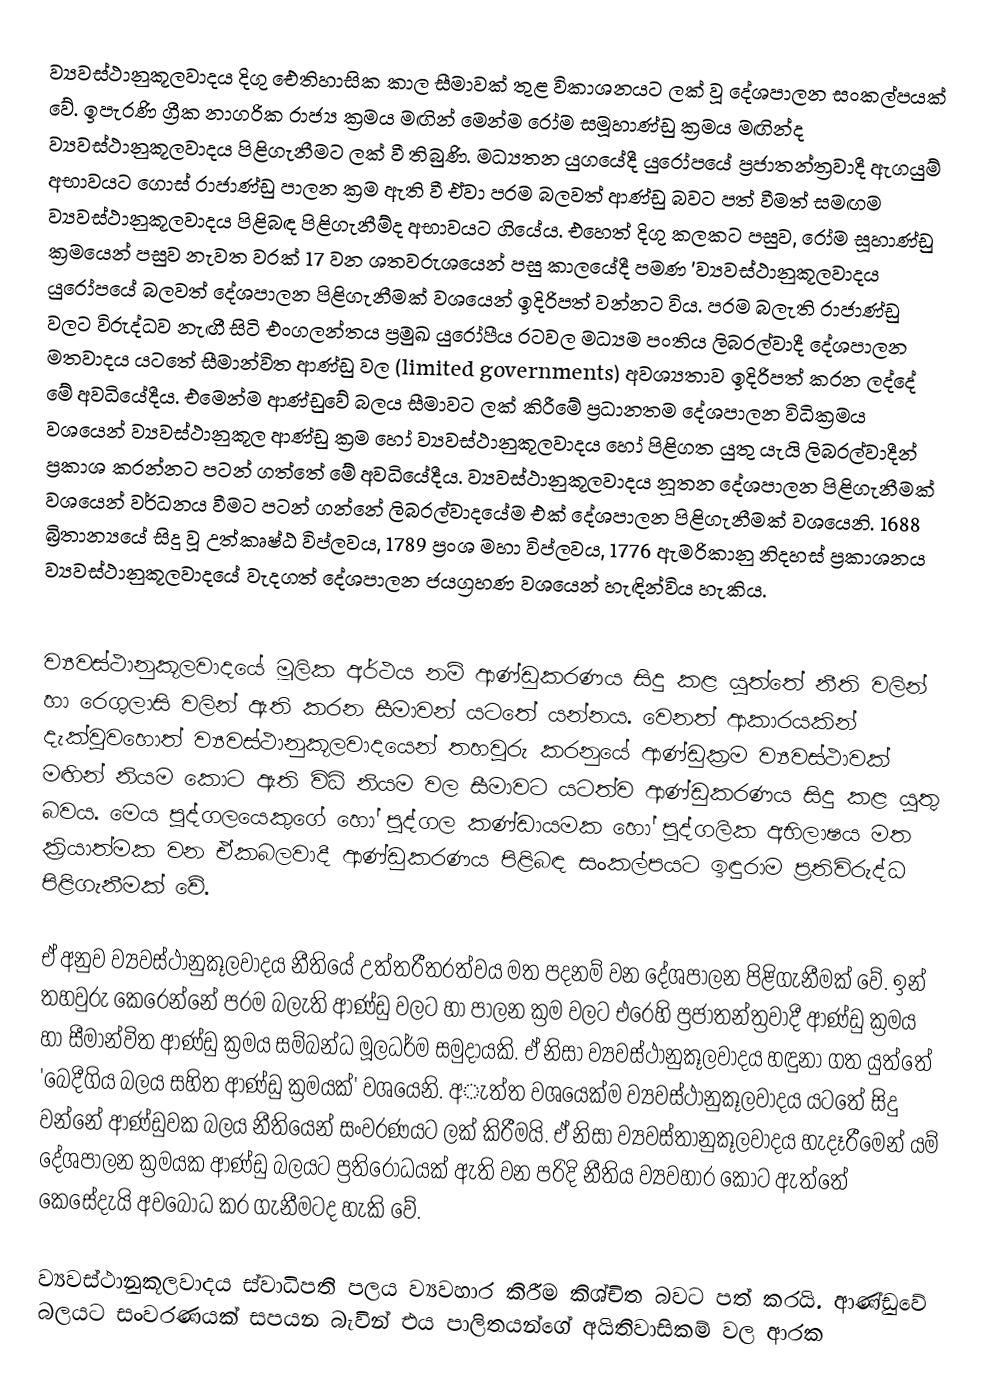
ව්‍යවස්ථානුකූලවාදය දිගු ඓතිහාසික කාල සීමාවක් තුළ විකාශනයට ලක් වූ දේශපාලන සංකල්පයක් වේ. ඉපැරණි ග්‍රීක නාගරික රාජ්‍ය ක්‍රමය මඟින් මෙන්ම රෝම සමූහාණ්ඩු ක්‍රමය මඟින්ද ව්‍යවස්ථානුකූලවාදය පිළිගැනීමට ලක් වී තිබුණි. මධ්‍යතන යුගයේදී යුරෝපයේ ප්‍රජාතන්ත්‍රවාදී ඇගයුම් අභාවයට ගොස් රාජාණ්ඩු පාලන ක්‍රම ඇති වී ඒවා පරම බලවත් ආණ්ඩු බවට පත් වීමත් සමඟම ව්‍යවස්ථානුකූලවාදය පිළිබඳ පිළිගැනීම්ද අභාවයට ගියේය. එහෙත් දිගු කලකට පසුව, රෝම සූහාණ්ඩු ක්‍රමයෙන් පසුව නැවත වරක් 17 වන ශතවරුශයෙන් පසු කාලයේදී පමණ  'ව්‍යවස්ථානුකූලවාදය යුරෝපයේ බලවත් දේශපාලන පිළිගැනීමක් වශයෙන් ඉදිරිපත් වන්නට විය. පරම බලැති රාජාණ්ඩු වලට විරුද්ධව නැඟී සිටි එංගලන්තය ප්‍රමුඛ යුරෝපීය රටවල මධ්‍යම පංතිය ලිබරල්වාදී දේශපාලන මතවාදය යටතේ සීමාන්විත ආණ්ඩු වල (limited governments) අවශ්‍යතාව ඉදිරිපත් කරන ලද්දේ මේ අවධියේදීය. එමෙන්ම ආණ්ඩුවේ බලය සීමාවට ලක් කිරීමේ ප්‍රධානතම දේශපාලන විධික්‍රමය වශයෙන් ව්‍යවස්ථානුකූල ආණ්ඩු ක්‍රම හෝ ව්‍යවස්ථානුකූලවාදය හෝ පිළිගත යුතු යැයි ලිබරල්වාදීන් ප්‍රකාශ කරන්නට පටන් ගත්තේ මේ අවධියේදීය. ව්‍යවස්ථානුකූලවාදය නූතන දේශපාලන පිළිගැනීමක් වශයෙන් වර්ධනය වීමට පටන් ගන්නේ ලිබරල්වාදයේම එක් දේශපාලන පිළිගැනීමක් වශයෙනි. 1688 බ්‍රිතාන්‍යයේ සිදු වූ උත්කෘෂ්ඨ විප්ලවය, 1789 ප්‍රංශ මහා විප්ලවය, 1776 ඇමරිකානු නිදහස් ප්‍රකාශනය ව්‍යවස්ථානුකූලවාදයේ වැදගත් දේශපාලන ජයග්‍රහණ වශයෙන් හැඳින්විය හැකිය.

	ව්‍යවස්ථානුකූලවාදයේ මූලික අර්ථය නම් ආණ්ඩුකරණය සිදු කළ යුත්තේ නීති වලින් හා රෙගුලාසි වලින් ඇති කරන සීමාවන් යටතේ යන්නය. වෙනත් ආකාරයකින් දැක්වුවහොත් ව්‍යවස්ථානුකූලවාදයෙන් තහවුරු කරනුයේ ආණ්ඩුක්‍රම ව්‍යවස්ථාවක් මඟින් නියම කොට ඇති විධි නියම වල සීමාවට යටත්ව ආණ්ඩුකරණය සිදු කළ යුතු බවය. මෙය පුද්ගලයෙකුගේ හෝ පුද්ගල කණ්ඩායමක හෝ පුද්ගලික අභිලාෂය මත ක්‍රියාත්මක වන ඒකබලවාදී ආණ්ඩුකරණය පිළිබඳ සංකල්පයට ඉඳුරාම ප්‍රතිවිරුද්ධ පිළිගැනීමක් වේ.

	ඒ අනුව ව්‍යවස්ථානුකූලවාදය නීතියේ උත්තරීතරත්වය මත පදනම් වන දේශපාලන පිළිගැනීමක් වේ. ඉන් තහවුරු කෙරෙන්නේ පරම බලැති ආණ්ඩු වලට හා පාලන ක්‍රම වලට එරෙහි ප්‍රජාතන්ත්‍රවාදී ආණ්ඩු ක්‍රමය හා සීමාන්විත ආණ්ඩු ක්‍රමය සම්බන්ධ මූලධර්ම සමුදායකි. ඒ නිසා ව්‍යවස්ථානුකූලවාදය හඳුනා ගත යුත්තේ 'බෙදීගිය බලය සහිත ආණ්ඩු ක්‍රමයක්' වශයෙනි. අැත්ත වශයෙක්ම ව්‍යවස්ථානුකූලවාදය යටතේ සිදු වන්නේ ආණ්ඩුවක බලය නීතියෙන් සංවරණයට ලක් කිරීමයි. ඒ නිසා ව්‍යවස්තානුකූලවාදය හැදෑරීමෙන් යම් දේශපාලන ක්‍රමයක ආණ්ඩු බලයට ප්‍රතිරෝධයක් ඇති වන පරිදි නීතිය ව්‍යවහාර කොට ඇත්තේ කෙසේදැයි අවබෝධ කර ගැනීමටද හැකි වේ.

	ව්‍යවස්ථානුකූලවාදය ස්වාධිපති පලය ව්‍යවහාර කිරීම කිශ්චිත බවට පත් කරයි. ආණ්ඩුවේ බලයට සංවරණයක් සපයන බැවින් එය පාලිතයන්ගේ අයිතිවාසිකම් වල ආරක‍‍‍‍‍‍‍‍‍‍‍‍‍‍‍‍‍‍‍‍‍‍‍‍‍‍‍